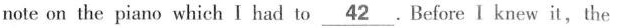
note on the piano which I had to \underline{42}.Before I knew it, the